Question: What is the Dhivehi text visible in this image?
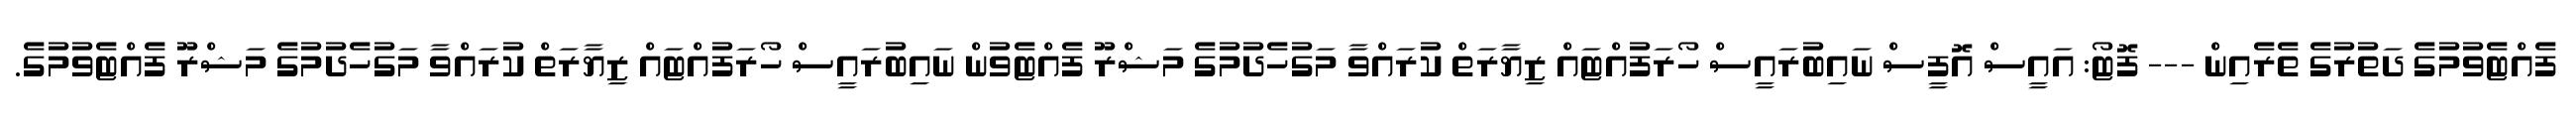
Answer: ފެއްޓެވުމުގެ ދަތުރުގެ ތެރެއިން --- ފޮޓޯ: އައީސް އޮފީސް ނައިބުރައީސް ހޯރަފުއްޓައް ޒިޔާރަތް ކުރައްވާ މަގުހެދުމުގެ މަޝްރޫ ފެއްޓެވުން ނައިބުރައީސް ހޯރަފުއްޓައް ޒިޔާރަތް ކުރައްވާ މަގުހެދުމުގެ މަޝްރޫ ފެއްޓެވުމުގެ.